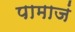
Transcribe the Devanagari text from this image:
पामाजं